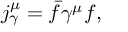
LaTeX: j _ { \gamma } ^ { \mu } = \bar { f } \gamma ^ { \mu } f ,